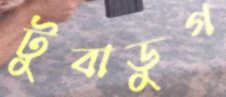
টুবাডুগ